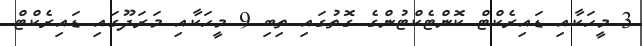
3 މީހަކާއި ޑައިރެކްޓް ކޮންޓެކްޓުންގެ ގޮތުގައި ތިބި 9 މީހަކާއި މަރަދޫގައި ޑައިރެކްޓް